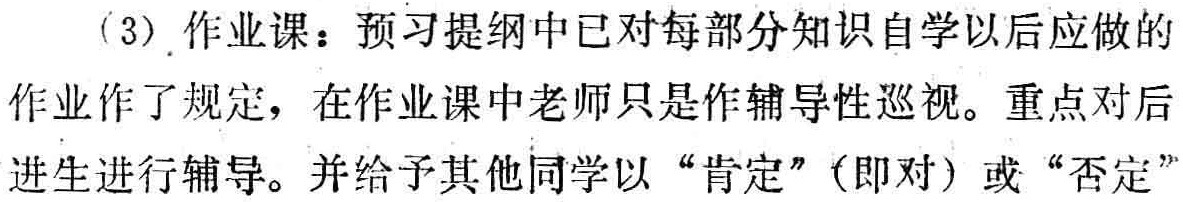
（3）作业课：预习提纲中已对每部分知识自学以后应做的作业作了规定，在作业课中老师只是作辅导性巡视。重点对后进生进行辅导。并给予其他同学以“肯定”（即对）或“否定”